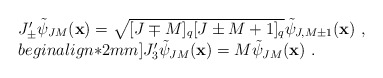
\begin{align*}\begin{array}{l} J^\prime_\pm\tilde{\psi}_{JM}({\bf x})=\sqrt{[J\mp M]_q[J\pm M+1]_q}\tilde{\psi}_{J,M\pm 1}({\bf x})~,\\begin{align*}2mm]J^\prime_3\tilde{\psi}_{JM}({\bf x})=M\tilde{\psi}_{JM}({\bf x})~.\end{array}\end{align*}